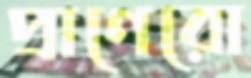
প্রাণেরো